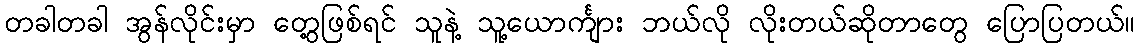
တခါတခါ အွန်လိုင်းမှာ တွေ့ဖြစ်ရင် သူနဲ့ သူ့ယောင်္ကျား ဘယ်လို လိုးတယ်ဆိုတာတွေ ပြောပြတယ်။